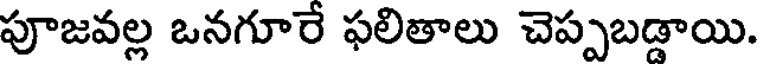
పూజవల్ల ఒనగూరే ఫలితాలు చెప్పబడ్డాయి.